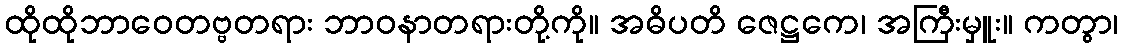
ထိုထိုဘာဝေတဗ္ဗတရား ဘာဝနာတရားတို့ကို။ အဓိပတိ ဇေဋ္ဌကေ၊ အကြီးမှူး။ ကတွာ၊